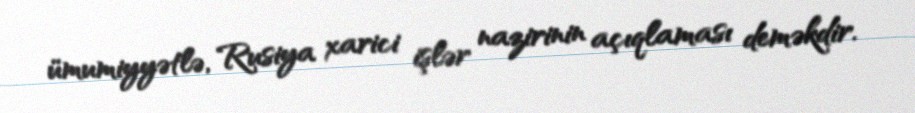
ümumiyyətlə, Rusiya xarici işlər nazirinin açıqlaması deməkdir.